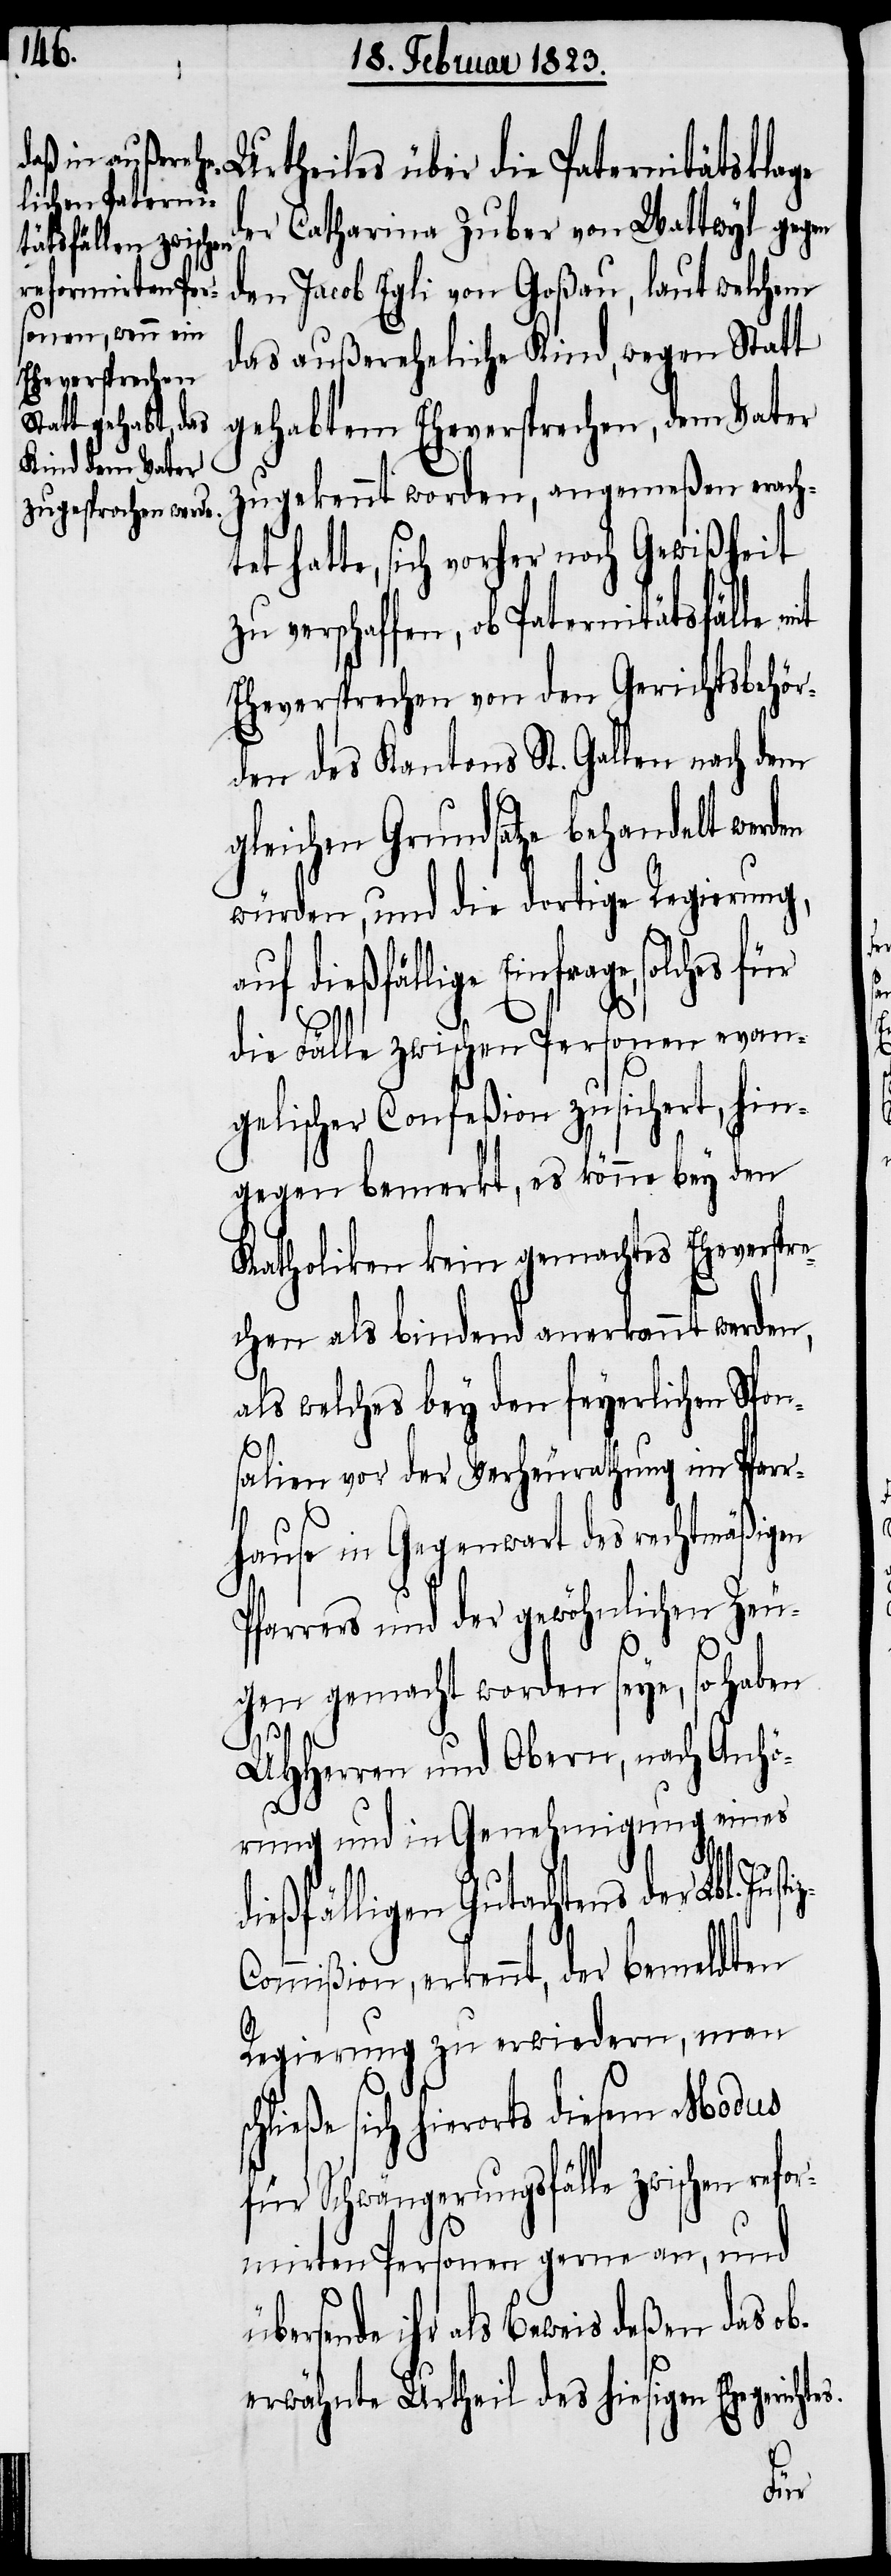
Urtheiles über die Paternitätsklage
er Catharina Zuber von Wattwyl gegen
den Jacob Egli von Goßau, laut welchem
das außereheliche Kind, wegen Statt
gehabtem Eheversprechen, dem Vater
zugekennt worden, angemeßen erach¬
tet hatte, sich vorher noch Gewißheit
verschaffen, ob Paternitätsfälle
Eheversprechen von den Gerichtsbehör¬
den des Kantons St. Gallen nach dem
gleichen Grundsatze behandelt werden
würden, und die dortige Regierung,
uf dießfällige Einfrage, solches
die Fälle zwischen Personen evan¬
gelischer Confeßion zusichert, hin¬
gegen bemerkt, es könne bey den
Katholiken kein gemachtes Eheverspr¬
echen als bindend anerkannt werden,
als welches bey den feyerlichen Spon¬
salien vor der Verheurathung im Pfarr¬
hause in Gegenwart des rechtmäßigen
Pfarrers und der gewöhnlichen Zeu¬
gen gemacht worden seye, so haben
sc¬
UHHerren und Obern, nach Anhö¬
rung und in Genehmigung eines
dießfälligen Gutachtens der Lbl. J¬
ommißion, erkennt, der bemeldten
Regierung zu erwiedern, man
hließe sich hierorts diesem Modus
für Schwängerungsfälle zwischen refo¬
rmirten Personen gerne an, und
rsende ihr als Beweis deßen das ob¬
erwähnte Urtheil des hiesigen Ehegericht¬
es.